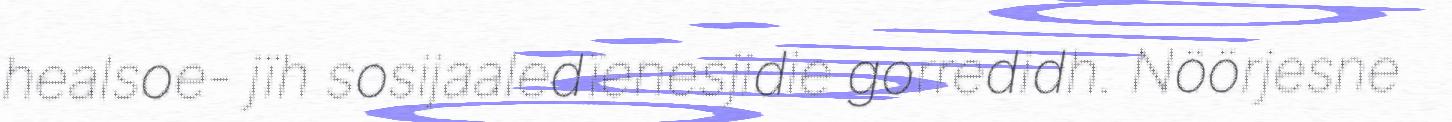
healsoe- jïh sosijaaledïenesjidie gorredidh. Nöörjesne